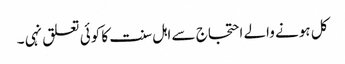
کل ہونے والے احتجاج سے اہل سنت کا کوئی تعلق نہی ۔